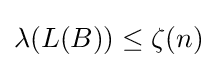
\lambda (L(B))\leq \zeta (n)